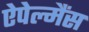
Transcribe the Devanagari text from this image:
ऐपेल्मैंस